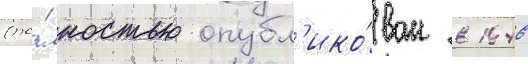
(по́лностью опубл'ико́ван в 1946